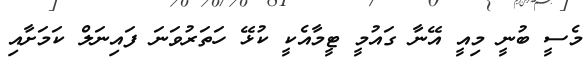
މެސީ ބުނީ މިއީ އޭނާ ގައުމީ ޓީމާއެކީ ކުޅޭ ހަތަރުވަނަ ފައިނަލް ކަމަށާއި